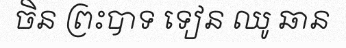
ចិន ព្រះបាទ ទៀន ឈូ ឆាន